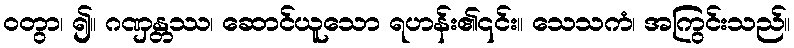
ဝတွာ၊ ၍။ ဂဏှန္တဿ၊ ဆောင်ယူသော ရဟန်း၏၎င်း။ သေသကံ၊ အကြွင်းသည်။